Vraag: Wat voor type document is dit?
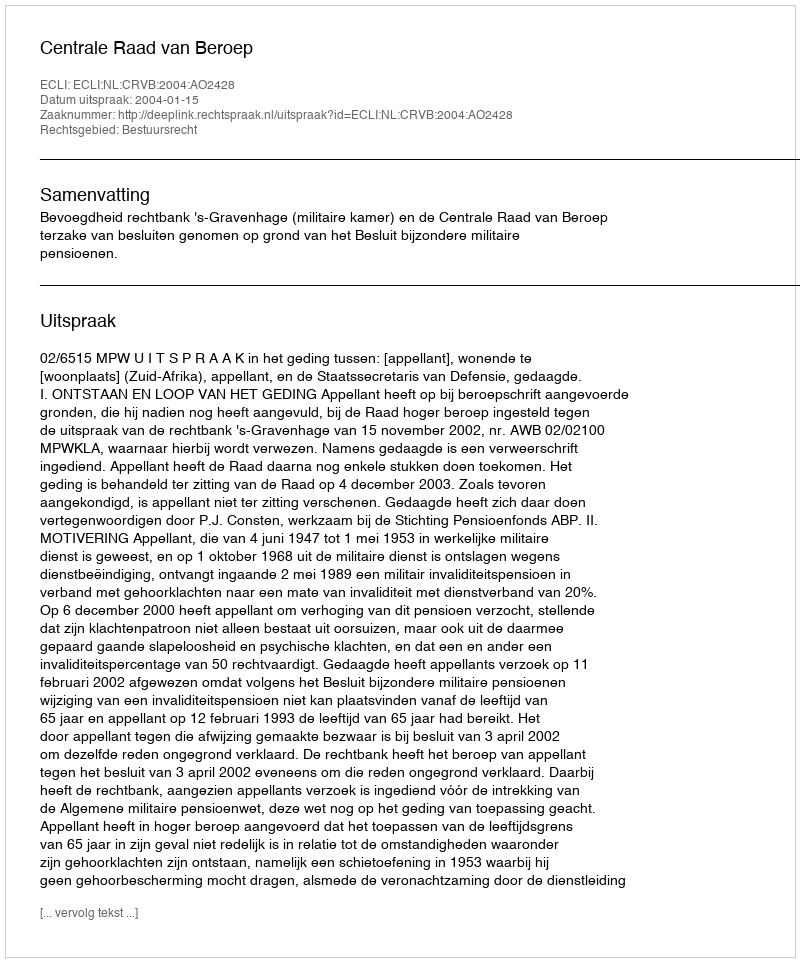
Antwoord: Uitspraak